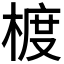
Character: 𪳁